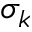
\sigma _ { k }